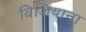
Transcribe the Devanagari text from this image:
विजियाना